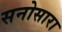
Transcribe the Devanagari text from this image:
सनोसारा